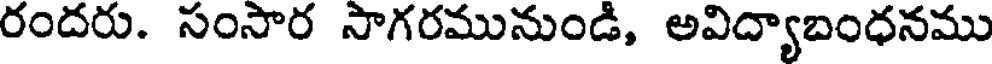
రందరు. సంసార సాగరమునుండి, అవిద్యాబంధనము